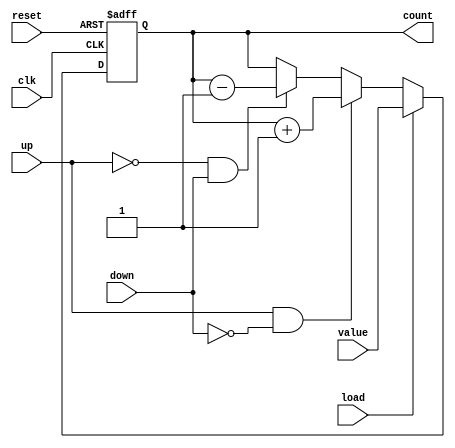
//
// This file contains a description of an up-down counter, with an
// optional "load" signal that is active-high - i.e., if load == 1, then
// the counter is loaded with whatever 4 bits are on the "value" input port
// pin. It will then count up or down depending on whether "up" or "down" are
// 1 or 0 (high or low).
//
//
module upDownCounter (
	input wire reset, // reset signal for the counter; active-high (i.e. reset = 1 will reset the counter)
	input wire clk, // the input clock; drives the flip-flops
	input wire up, // the "up" signal; set to 1 in order to count up
	input wire down, // the "down" signal; set to 1 to count down
	input wire load, // signal to indicate that the counter should be loaded with value on "value" input pin
	input wire [3:0] value, // the "value" input port pin
	output reg [3:0] count // the counter value, which is 4 bits wide
	);
	
	// ==== nextCount logic ====
	reg [3:0] nextCount; // making it type "reg" so we can describe inside a "process" block
	always @ (load, up, down, count) // sensitivity list does not include clk, as nextCount is output of multiplexor
		if (load) // load signal gets priority over "up" and "down"
			nextCount = value;
		else if (up & ~down) // i.e., up == 1, and down == 0
			nextCount = count + 4'd1; // increment the count by decimal 1 (using 4-bit representation of 1)
		else if (~up & down)
			nextCount = count - 4'd1; // decrement the count by decimal 1 (using 4-bit representation of 1)
		else
			nextCount = count;
	
	// ==== count logic ====
	// we will use a process block:
	always @ (posedge clk or posedge reset) // reset is in sensitivity list, meaning we have asynchronous reset
		if (reset) // i.e., if reset == 1
			count <= 4'd0; // count should become decimal 0, and be 4 bits wide
		else // if at the positive rising edge of the clock signal...
			count <= nextCount;

endmodule